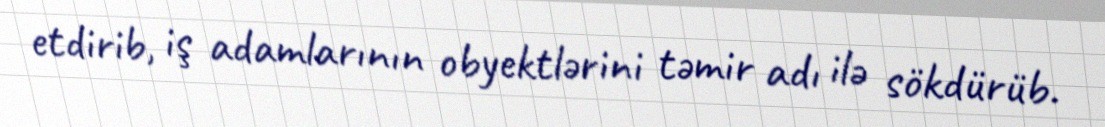
etdirib, iş adamlarının obyektlərini təmir adı ilə sökdürüb.